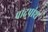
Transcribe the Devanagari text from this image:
पादपांश